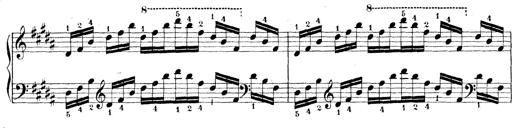
Title: Technische Studien
Composer: Franz Liszt